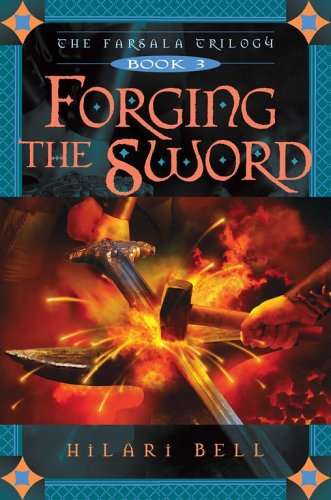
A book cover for Forging the Sword (The Farsala Trilogy); Hilari Bell; Teen & Young Adult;